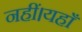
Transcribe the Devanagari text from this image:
नहीं।यहाँ